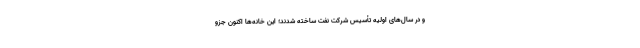
و در سال‌های اولیه تأسیس شرکت نفت ساخته شدند؛ این خانه‌ها اکنون جزو